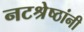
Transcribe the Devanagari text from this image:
नटश्रेष्ठांनी